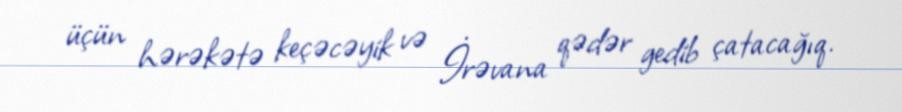
üçün hərəkətə keçəcəyik və İrəvana qədər gedib çatacağıq.